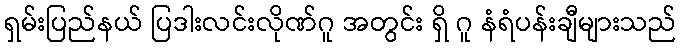
ရှမ်းပြည်နယ် ပြဒါးလင်းလိုဏ်ဂူ အတွင်း ရှိ ဂူ နံရံပန်းချီများသည်